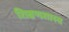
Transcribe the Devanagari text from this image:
शिक्षणशास्‍त्र